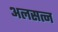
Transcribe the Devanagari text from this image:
अलसत्न